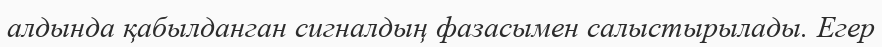
алдында қабылданган сигналдың фазасымен салыстырылады. Егер